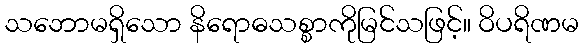
သဘောမရှိသော နိရောဓသစ္စာကိုမြင်သဖြင့်။ ဝိပရိဏမ